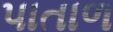
પાતાળ